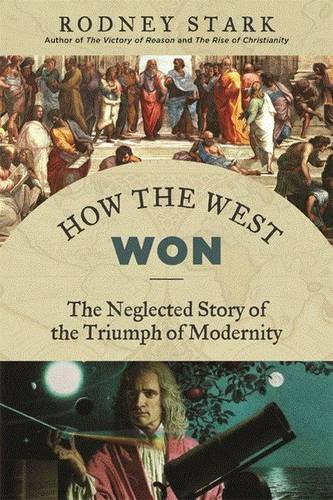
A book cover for How the West Won: The Neglected Story of the Triumph of Modernity; Rodney Stark; History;